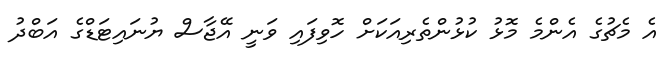
އެ މެޗުގެ އެންމެ މޮޅު ކުޅުންތެރިއަކަށް ހޮވިފައި ވަނީ އޭޖާސް ޔުނައިޓަޑްގެ އަބްދު